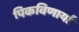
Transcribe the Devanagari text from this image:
पिकविणार्या